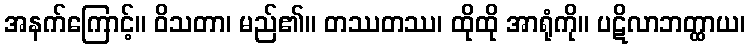
အနက်ကြောင့်။ ဝိသတာ၊ မည်၏။ တဿတဿ၊ ထိုထို အာရုံကို။ ပဋိလာဘတ္ထာယ၊